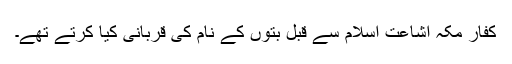
کفارِ مکہ اشاعت اسلام سے قبل بتوں کے نام کی قربانی کیا کرتے تھے۔